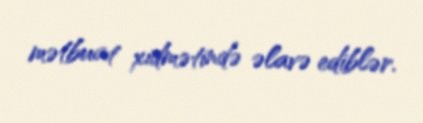
mətbuat xidmətində əlavə ediblər.